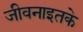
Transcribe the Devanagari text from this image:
जीवनाइतके